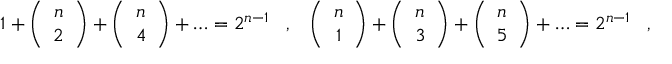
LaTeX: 1 + \left( \begin{array} { c } { { n } } \\ { { 2 } } \end{array} \right) + \left( \begin{array} { c } { { n } } \\ { { 4 } } \end{array} \right) + \ldots = 2 ^ { n - 1 } \, \, \, \, \, , \, \, \, \, \, \left( \begin{array} { c } { { n } } \\ { { 1 } } \end{array} \right) + \left( \begin{array} { c } { { n } } \\ { { 3 } } \end{array} \right) + \left( \begin{array} { c } { { n } } \\ { { 5 } } \end{array} \right) + \ldots = 2 ^ { n - 1 } \, \, \, \, \, , \, \, \, \, \,